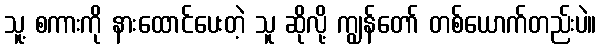
သူ့ စကားကို နားထောင်ပေးတဲ့ သူ ဆိုလို့ ကျွန်တော် တစ်ယောက်တည်းပဲ။